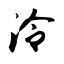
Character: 泠